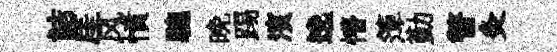
詰厓风憤驄晚踢濱𨓜懵𥱼勤瞥灸